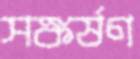
সঙ্কর্ষণ